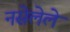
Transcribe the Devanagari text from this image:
नसेलेले